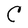
Character: C